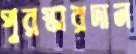
পুরস্কারদান